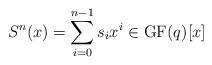
LaTeX: \begin{align*}S^n(x)=\sum_{i=0}^{n-1}s_ix^i\in \mathrm{GF}(q)[x]\end{align*}